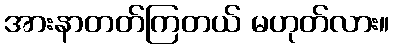
အားနာတတ်ကြတယ် မဟုတ်လား။